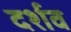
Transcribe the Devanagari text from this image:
दर्शव